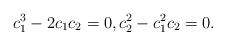
\begin{gather*}c_{1}^{3}-2 c_1 c_2=0,c_{2}^{2}-c_{1}^{2} c_2=0.\end{gather*}